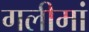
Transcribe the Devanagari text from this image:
गलीमां